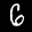
Label: 6